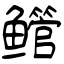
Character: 鳤